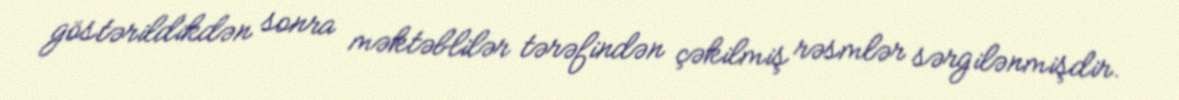
göstərildikdən sonra məktəblilər tərəfindən çəkilmiş rəsmlər sərgilənmişdir.